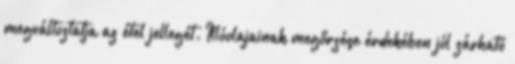
megváltoztatja az étel jellegét. Illóolajainak megőrzése érdekében jól zárható